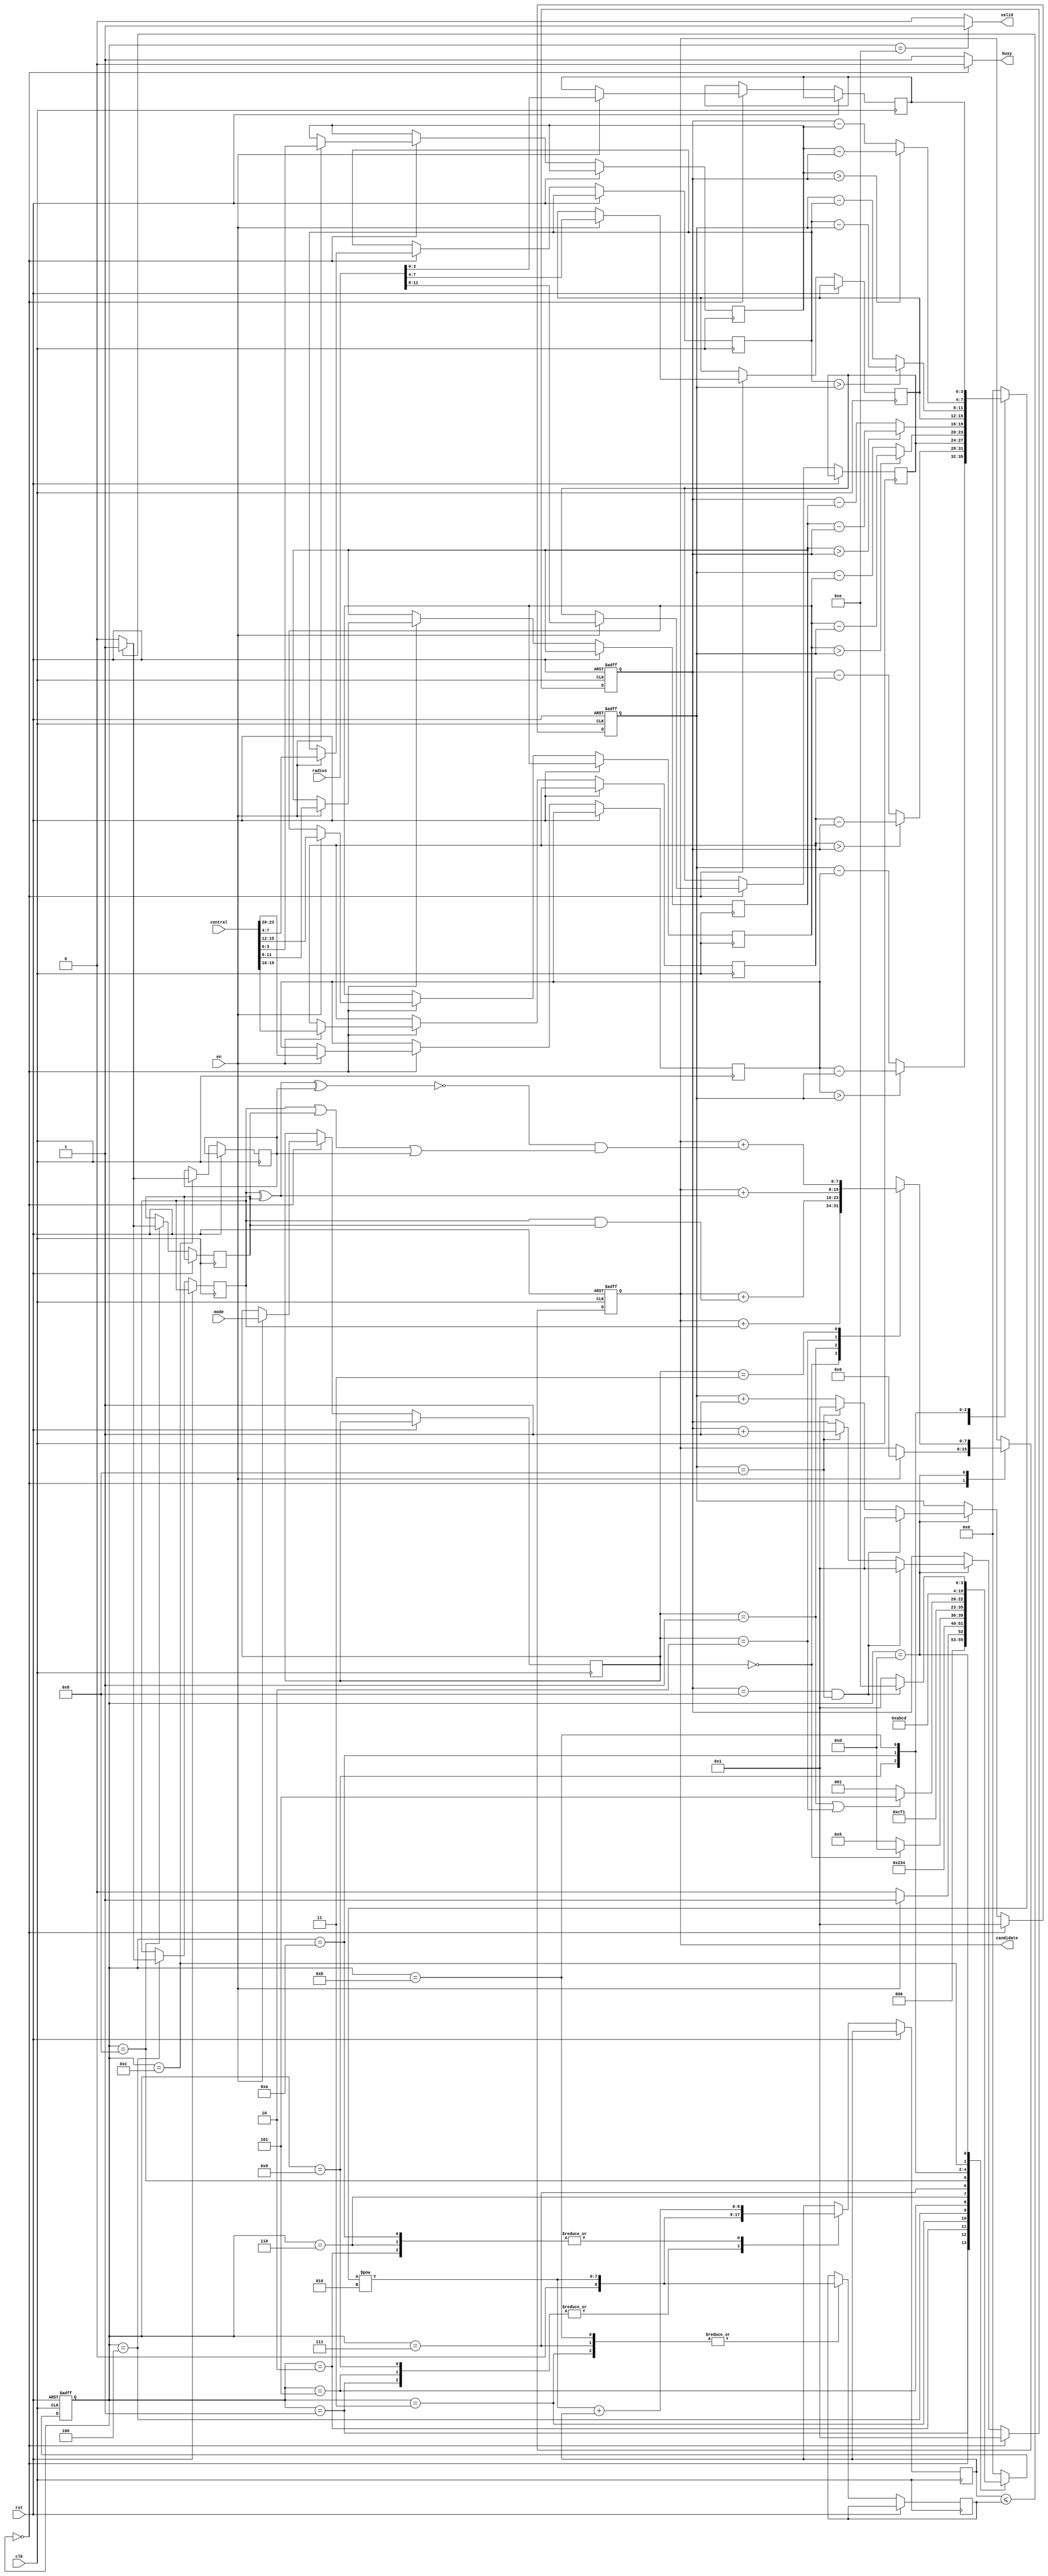
module SET ( clk , rst, en, central, radius, mode, busy, valid, candidate );

	input clk, rst;
	input en;
	input [23:0] central;
	input [11:0] radius;
	input [1:0] mode;
	output reg busy;
	output reg valid;
	output reg [7:0] candidate;


	reg [3:0] XA,XB,XC,YA,YB,YC;
	reg [3:0] RA,RB,RC;
	reg [1:0] current_md;

	

	reg [3:0] square_i;
	reg [7:0] square_o;
	reg [8:0] cal_reg_1,cal_reg_2;
	reg ina,inb,inc;
	reg [3:0] set_cs,set_ns;
	reg [3:0] state_x,state_y;

	parameter WAIT_DATA = 0;
	parameter CAL_A_DX2			= 1;
	parameter CAL_A_DY2			= 2;
	parameter CAL_A_R2			= 3;
	parameter IN_A					= 4;
	parameter CAL_B_DX2			= 5;
	parameter CAL_B_DY2			= 6;
	parameter CAL_B_R2			= 7;
	parameter IN_B					= 8;
	parameter CAL_C_DX2			= 9;
	parameter CAL_C_DY2			= 10;
	parameter CAL_C_R2			= 11;
	parameter IN_C					= 12;
	parameter CAL_CANDIDATE	= 13;
	parameter DATA_OUT 			= 14;

	always@(*)begin
		busy = set_cs==WAIT_DATA ? 0 : 1;
		valid = set_cs==DATA_OUT ? 1 : 0;
	end

	always @(posedge clk or posedge rst) begin :state_machine
		if (rst) begin
			set_cs <= WAIT_DATA;			
		end else begin
			set_cs <= set_ns;
		end
	end


	always@(*)begin : next_state
		case (set_cs)
			WAIT_DATA: 	set_ns = en ? CAL_A_DX2 : WAIT_DATA;
			
			CAL_A_DX2: 	set_ns = CAL_A_DY2; 
			
			CAL_A_DY2:	set_ns = CAL_A_R2;
			
			CAL_A_R2:		set_ns = IN_A;

			IN_A: 			set_ns = current_md==0 ? CAL_CANDIDATE : CAL_B_DX2;

			CAL_B_DX2: 	set_ns = CAL_B_DY2;
			
			CAL_B_DY2: 	set_ns = CAL_B_R2;
			
			CAL_B_R2: 	set_ns = IN_B;
			
			IN_B: 			set_ns = (current_md==1||current_md==2) ? CAL_CANDIDATE:CAL_C_DX2;
			
			CAL_C_DX2: 	set_ns = CAL_C_DY2;
			
			CAL_C_DY2: 	set_ns = CAL_C_R2;
			
			CAL_C_R2: 	set_ns = IN_C;
			
			IN_C: 			set_ns = CAL_CANDIDATE;
			
			CAL_CANDIDATE: set_ns = (state_y==8 && state_x==8) ? DATA_OUT:CAL_A_DX2;

			DATA_OUT: 	set_ns = WAIT_DATA;

			default : set_ns = WAIT_DATA;

		endcase
	end

	always@(posedge clk or posedge rst)begin :coordinate_contorller
		if(rst)begin
			state_x <= 1;
			state_y <= 1;
		end else begin
			if(set_cs==WAIT_DATA)begin
				state_x <= 1;
				state_y <= 1;
			end
			else if(set_cs==CAL_CANDIDATE)begin
				if(state_y==8 && state_x ==8)begin
					state_x <= 1;
					state_y <= 1;
				end
				else if(state_x==8)begin
					state_x <= 1;
					state_y <= state_y + 1;
				end
				else state_x <= state_x + 1;
			end
		end
	end
	





	always@(*)begin : cal_square
		square_o <= square_i **2;
	end


	always@(*)begin : square_controller
		case(set_cs)
			CAL_A_DX2: begin
				square_i <= XA > state_x ? XA - state_x : state_x - XA;
			end
			CAL_A_DY2: begin
				square_i <= YA > state_y ? YA - state_y : state_y - YA;
			end
			CAL_A_R2: begin
				square_i <= RA;
			end
			CAL_B_DX2: begin
				square_i <= XB > state_x ? XB - state_x : state_x - XB;
			end
			CAL_B_DY2: begin
				square_i <= YB > state_y ? YB - state_y : state_y - YB;
			end
			CAL_B_R2: begin
				square_i <= RB;
			end
			CAL_C_DX2:	begin
				square_i <= XC > state_x ? XC - state_x : state_x - XC;
			end
			CAL_C_DY2: begin
				square_i <= YC > state_y ? YC - state_y : state_y - YC;
			end
			CAL_C_R2: begin
				square_i <= RC;
			end
			default: begin
				square_i <= 0;
			end
		endcase
	end

	always@(posedge clk or posedge rst)begin : data_controller
		if(rst)begin
			candidate <= 0;
		end else begin
			case(set_cs)
				WAIT_DATA: begin
					if(en)begin
						{XA,YA,XB,YB,XC,YC} <= central;
						{RA,RB,RC} <= radius;
						current_md <= mode;
						candidate <= 0;
					end
				end
				CAL_A_DX2: begin
					cal_reg_1 <= square_o;	
				end
				CAL_A_DY2: begin
					cal_reg_1 <= square_o + cal_reg_1;
				end
				CAL_A_R2: begin
					cal_reg_2 <= square_o;
				end
				IN_A: begin
					ina <= (cal_reg_1<=cal_reg_2)?1:0;
				end
				CAL_B_DX2: begin
					cal_reg_1 <= square_o;	
				end
				CAL_B_DY2: begin
					cal_reg_1 <= square_o + cal_reg_1;
				end
				CAL_B_R2: begin
					cal_reg_2 <= square_o;
				end
				IN_B: begin
					inb <= (cal_reg_1<=cal_reg_2)?1:0;
				end
				CAL_C_DX2: begin
					cal_reg_1 <= square_o;	
				end
				CAL_C_DY2: begin
					cal_reg_1 <= square_o + cal_reg_1;
				end
				CAL_C_R2: begin
					cal_reg_2 <= square_o;
				end
				IN_C: begin
					inc <= (cal_reg_1<=cal_reg_2)?1:0;
				end
			
				CAL_CANDIDATE: begin
					case(current_md)
						0: candidate <= candidate + ina;
						1: candidate <= candidate + (ina&&inb);
						2: candidate <= candidate + (ina^inb);
						3: candidate <= candidate + (~(ina^inb^inc)&&(ina||inb||inc));
					endcase
				end
			endcase
		end
	end

endmodule